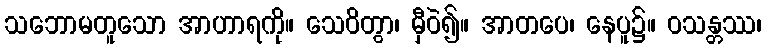
သဘောမတူသော အာဟာရကို။ သေဝိတွာ၊ မှီဝဲ၍။ အာတပေ၊ နေပူ၌။ ဝသန္တဿ၊